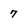
Character: 7